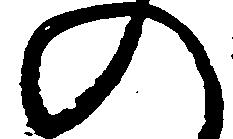
の